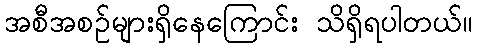
အစီအစဉ်များရှိနေကြောင်း သိရှိရပါတယ်။